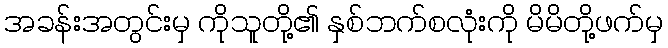
အခန်းအတွင်းမှ ကိုသူတို့၏ နှစ်ဘက်စလုံးကို မိမိတို့ဖက်မှ